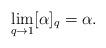
LaTeX: \begin{align*}\lim_{q\rightarrow1}[\alpha]_q=\alpha.\end{align*}